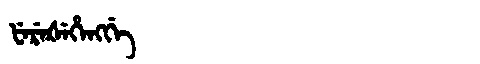
Manchu: ᡶᡝᡵᡝᡧᡝᡥᡝᠩᡤᡝ
Romanization: FEREŠEHENGGE